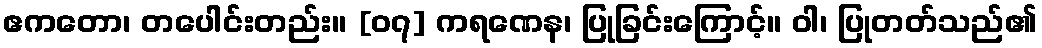
ဧကတော၊ တပေါင်းတည်း။ [၀၇] ကရဏေန၊ ပြုခြင်းကြောင့်။ ဝါ၊ ပြုတတ်သည်၏